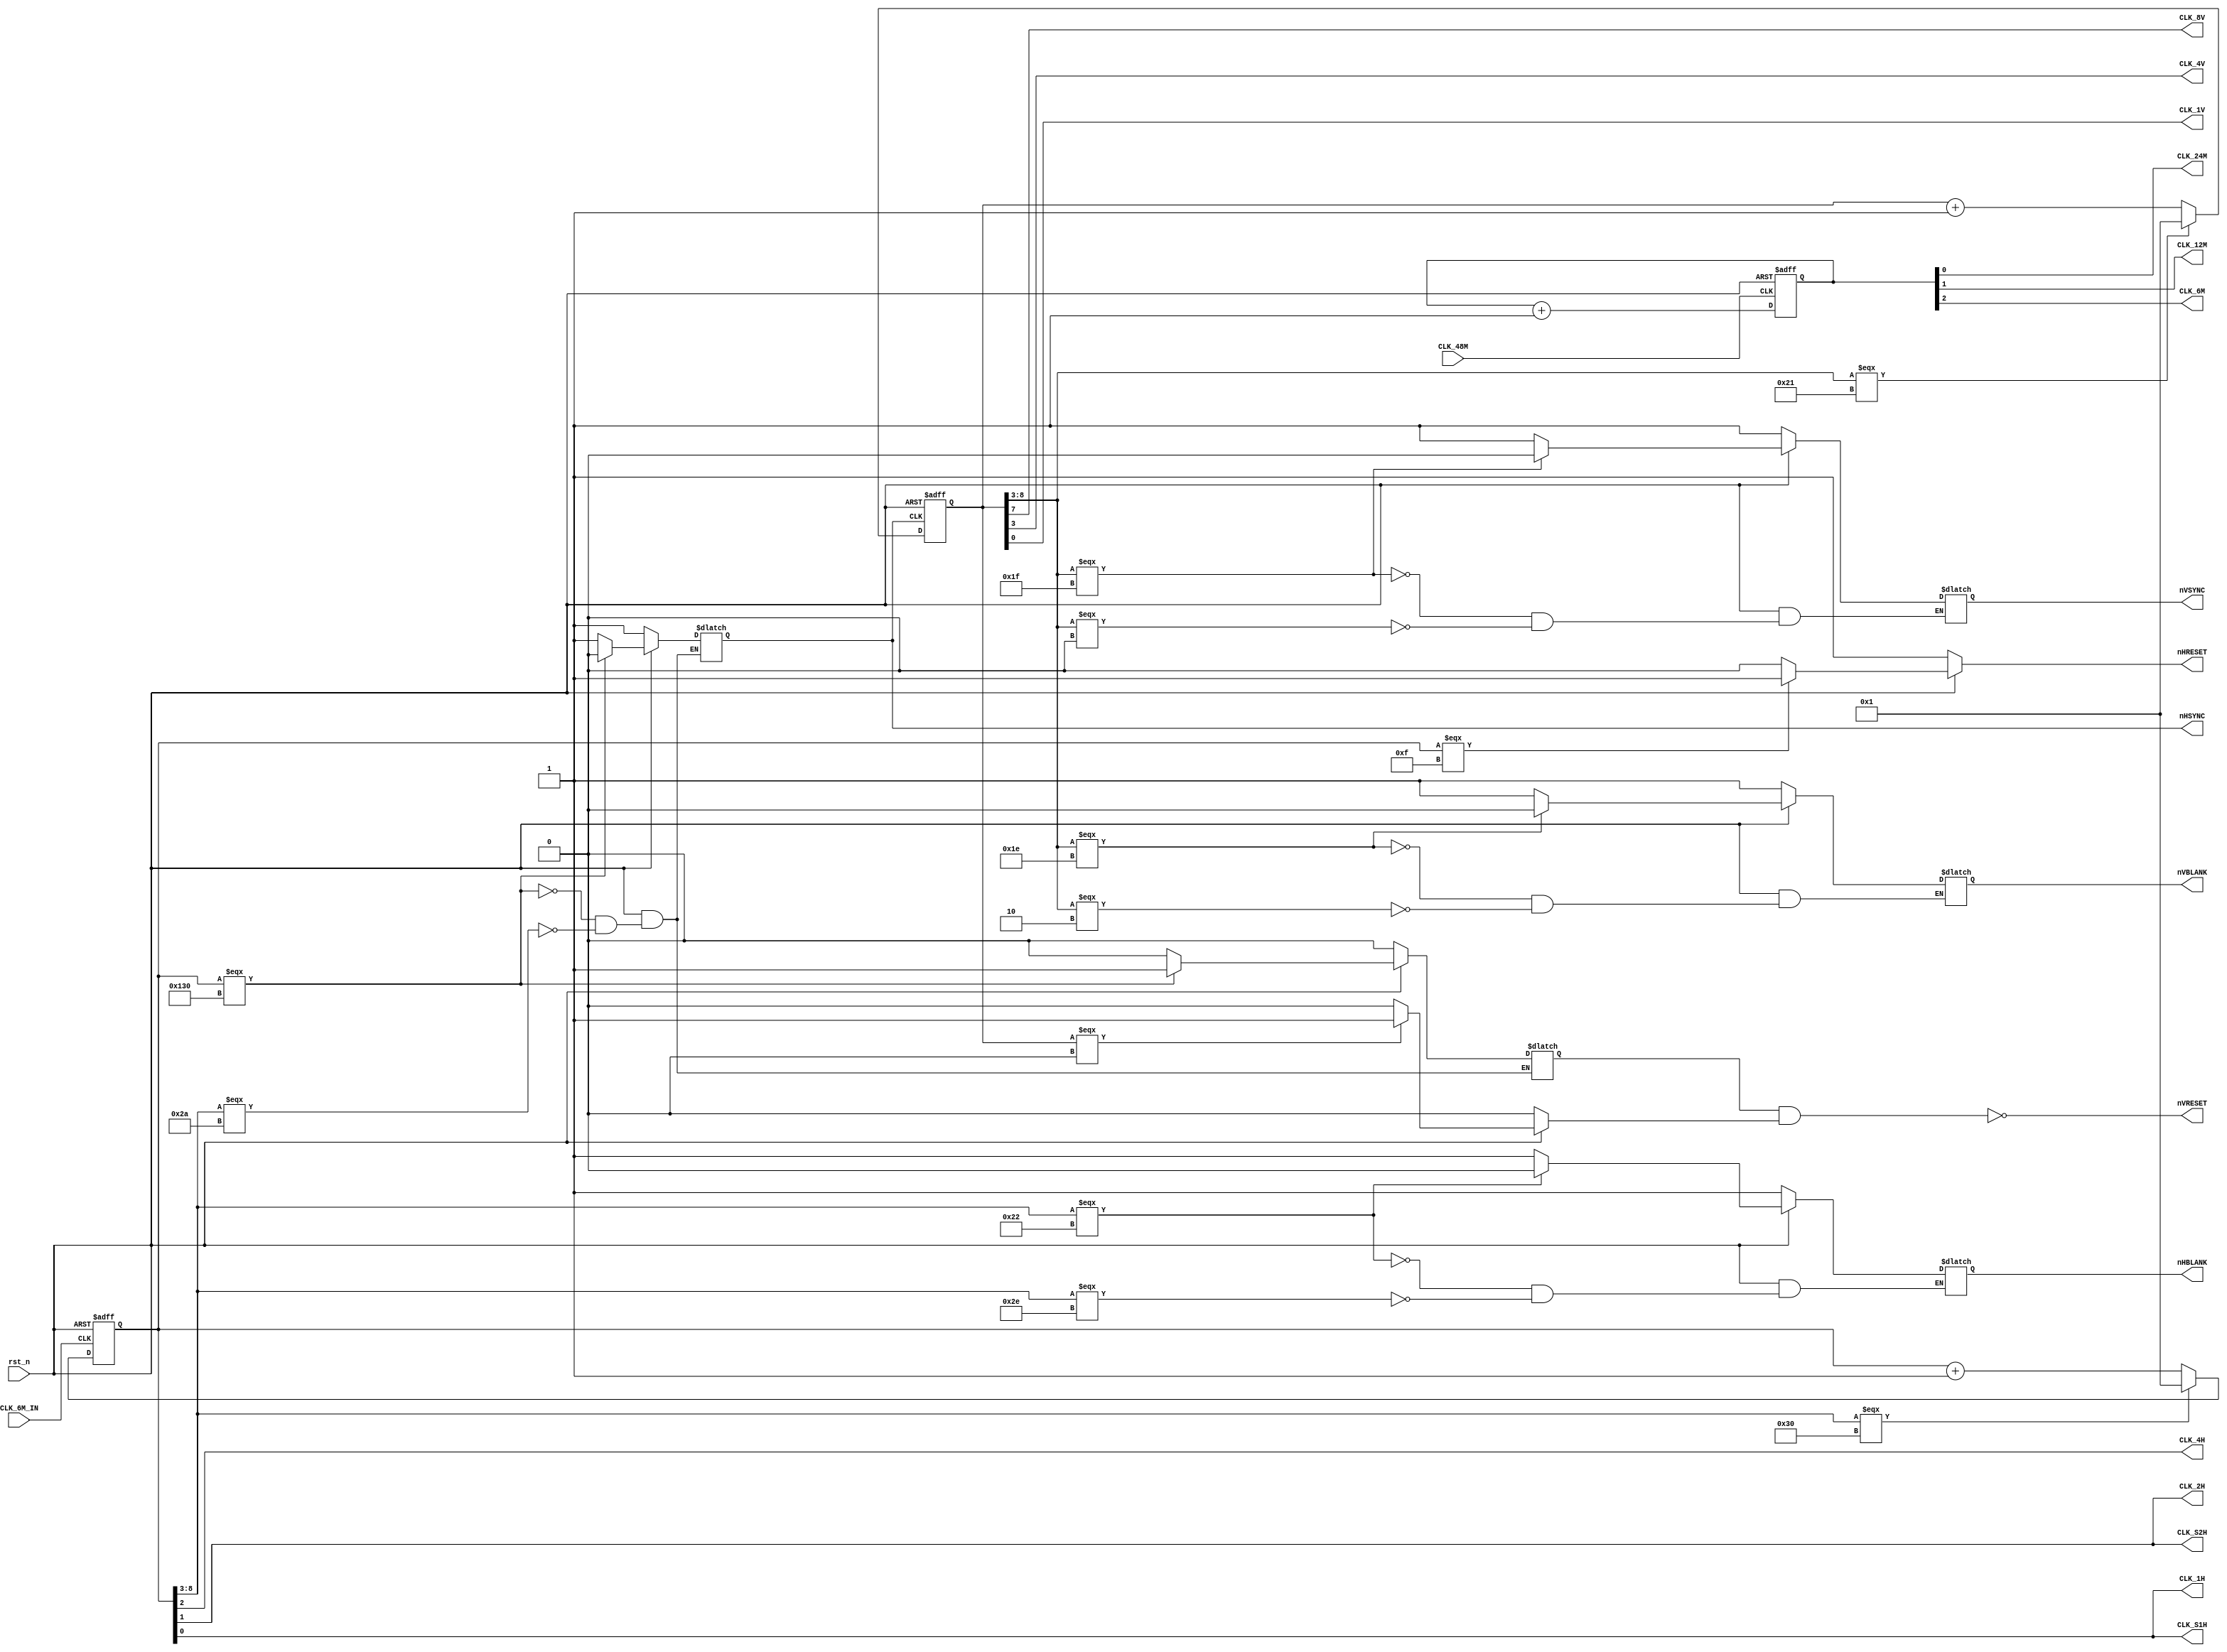
`timescale 1ns / 1ps
//////////////////////////////////////////////////////////////////////////////////
// Company: 
// 
// Design Name:    cus27
// Module Name:    system86\src\custom\cus27.v 
// Project Name:   Namco System86 simulation
// Target Devices: 
// Tool versions: 
// Description:    Namco CUS27 - System timings generator
//
// Dependencies: 
//
// Revision: 
// Revision 0.01 - File Created
// Additional Comments: 
// License:        https://www.apache.org/licenses/LICENSE-2.0
//
//////////////////////////////////////////////////////////////////////////////////
module cus27
(
	// simulation control
	input wire rst_n,
	
	// input clocks
	input wire CLK_48M,
	input wire CLK_6M_IN,
	
	// generated clocks
   output reg CLK_24M,
   output reg CLK_12M,
   output reg CLK_6M,
	
	// video synchronisation
	output reg nVSYNC,
	output reg nHSYNC,
	output reg nVBLANK,
	output reg nHBLANK,
	output reg nVRESET,
	output reg nHRESET,
	
	// video timing signals
	output wire CLK_8V,
	output wire CLK_4V,
	output wire CLK_1V,
	output wire CLK_4H,
	output wire CLK_2H,
	output wire CLK_1H,
	output wire CLK_S2H,
	output wire CLK_S1H
);

	reg [8:0] horizontal_counter;
	reg [8:0] vertical_counter;
	
	
	//reg nHSYNCON = 0;
	//reg nHBLON = 0;	
	reg VRESETH = 0;	// vreset from horizonatal
	reg VRESET = 0;	// vreset from vertical
	
	reg [2:0] master_counter;

	always @(posedge CLK_48M or negedge rst_n) begin
		if (!rst_n)
			master_counter <= 0;
		else
			master_counter <= master_counter + 1'b1;
			
		//CLK_S1H <= CLK_1H;	// is this in phase?
		//CLK_S2H <= CLK_2H;	// is this in phase?
	end

	always @(master_counter) begin
		CLK_24M <= master_counter[0];
		CLK_12M <= master_counter[1];
		CLK_6M <= master_counter[2];	
	end
	//assign CLK_24M = master_counter[0];
	//assign CLK_12M = master_counter[1];
	//assign CLK_6M = master_counter[2];	

	always @(VRESETH or VRESET) begin
		nVRESET <= ~(VRESETH && VRESET); 
	end
	
	// in order for CPU timing to match information gleaned from http://www.ukvac.com/forum/namco-cus27-in-fpga-cus130-wip_topic362440_page2.html
	// it would appear that the counter is clocked on the falling edge of 6M
	// this would make sense as CUS27 is wired up with 6M output as a feedback into the chip's 6M input
	// which would only be stable in reality if the input was dealt with out of phase from the orinal output
	always @(negedge CLK_6M_IN or negedge rst_n) begin
		if (!rst_n) begin
			horizontal_counter <= 1;	// need to start at one otherwise we end up counting 385 pixels!
		end else begin
			if (horizontal_counter[8:3] === 6'b110000) 	// ~384
				horizontal_counter <= 1;	// need to start at one otherwise we end up counting 385 pixels!
			else
				horizontal_counter <= horizontal_counter + 1'b1;
		end
	end
	
	always @(horizontal_counter or rst_n) begin
		if (!rst_n) begin
			nHSYNC <= 1'b1;
			nHBLANK <= 1'b1;
			nHRESET <= 1'b1;
			VRESETH <= 1'b0;
			
			//CLK_1H <= 1'b0;
			//CLK_S1H <= 1'b0;
			//CLK_2H <= 1'b0;
			//CLK_S2H <= 1'b0;
			//CLK_4H <= 1'b0;
		end else begin
			if (horizontal_counter[8:0] === 9'b100110000) begin // ~304
				nHSYNC <= 1'b0;
				VRESETH <= 1;        
			end else if (horizontal_counter[8:3] === 6'b101010) begin // ~336
				nHSYNC <= 1'b1;	
				VRESETH <= 0;
			end else begin
				nHSYNC <= nHSYNC;	
				VRESETH <= VRESETH;
			end
				
			// hblank
			if (horizontal_counter[8:3] === 6'b100010)
				nHBLANK <= 1'b0;	// ~272
			else if (horizontal_counter[8:3] === 6'b101110) 
				nHBLANK <= 1'b1;	// ~368
			else
				nHBLANK <= nHBLANK;
				
			// nHRESET
			if (horizontal_counter[8:0] === 9'b000001111) // ~15
				nHRESET <= 1'b1;	
			else
				nHRESET <= 1'b0;

			//CLK_1H <= horizontal_counter[0];	// 3.0 Mhz
			//CLK_S1H <= horizontal_counter[0];	// is this in phase?
			//CLK_2H <= horizontal_counter[1];	// 1.5 Mhz
			//CLK_S2H <= horizontal_counter[1];	// is this in phase?
			//CLK_4H <= horizontal_counter[2];	// 0.75 Mhz		
		end
	end
		
	assign CLK_1H = horizontal_counter[0];	// 3.0 Mhz
	assign CLK_S1H = horizontal_counter[0];	// is this in phase?
	assign CLK_2H = horizontal_counter[1];	// 1.5 Mhz
	assign CLK_S2H = horizontal_counter[1];	// is this in phase?
	assign CLK_4H = horizontal_counter[2];	
	
	always @(negedge nHSYNC or negedge rst_n) begin	
		if (!rst_n) begin
			vertical_counter <= 1;	// need to start at one otherwise we end up counting 265 lines!
		end else begin
			if (vertical_counter[8:3] === 6'b100001)	// ~264
				vertical_counter <= 1;	// need to start at one otherwise we end up counting 265 lines!
			else
				vertical_counter <= vertical_counter + 1'b1;
		end
	end
	
	always @(vertical_counter or rst_n) begin
		if (!rst_n) begin
			nVSYNC <= 1'b1;
			nVBLANK <= 1'b1;
			VRESET <= 1'b0;
			
			//CLK_1V <= 1'b0;
			//CLK_4V <= 1'b0;
			//CLK_8V <= 1'b0;
		end else begin
			// nVSYNC
			if (vertical_counter[8:3] === 6'b011111) //	~248
				nVSYNC <= 1'b0;
			else if (vertical_counter[8:3] === 6'b000000) // ~336	
				nVSYNC <= 1'b1;	
			else
				nVSYNC <= nVSYNC;	
			
			// vblank
			if (vertical_counter[8:3] === 6'b011110) //	~240
				nVBLANK <= 1'b0;
			else if (vertical_counter[8:3] === 6'b000010) // ~16	
				nVBLANK <= 1'b1;
			else
				nVBLANK <= nVBLANK;
		
			// nVRESET when back to start of line 0
			VRESET <= (vertical_counter[8:0] === 9'b000000000) ? 1'b1 : 1'b0;
					
			//CLK_1V <= vertical_counter[0];
			//CLK_4V <= vertical_counter[3];
			//CLK_8V <= vertical_counter[7];
		end
	end	
	
	assign CLK_1V = vertical_counter[0];
	assign CLK_4V = vertical_counter[3];
	assign CLK_8V = vertical_counter[7];
endmodule